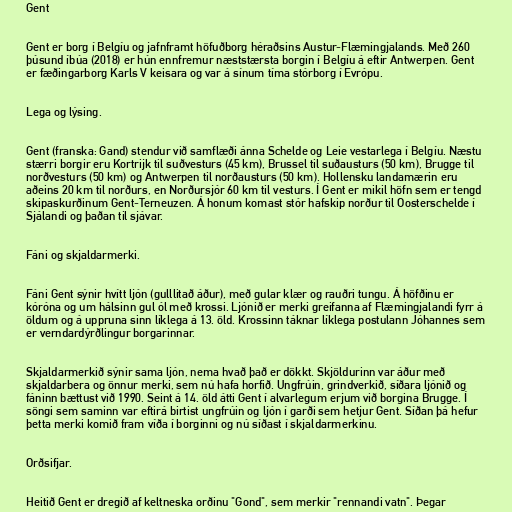
Gent

Gent er borg í Belgíu og jafnframt höfuðborg héraðsins Austur-Flæmingjalands. Með 260
þúsund íbúa (2018) er hún ennfremur næststærsta borgin í Belgíu á eftir Antwerpen. Gent
er fæðingarborg Karls V keisara og var á sínum tíma stórborg í Evrópu.

Lega og lýsing.

Gent (franska: Gand) stendur við samflæði ánna Schelde og Leie vestarlega í Belgíu. Næstu
stærri borgir eru Kortrijk til suðvesturs (45 km), Brussel til suðausturs (50 km), Brugge til
norðvesturs (50 km) og Antwerpen til norðausturs (50 km). Hollensku landamærin eru
aðeins 20 km til norðurs, en Norðursjór 60 km til vesturs. Í Gent er mikil höfn sem er tengd
skipaskurðinum Gent-Terneuzen. Á honum komast stór hafskip norður til Oosterschelde í
Sjálandi og þaðan til sjávar.

Fáni og skjaldarmerki.

Fáni Gent sýnir hvítt ljón (gulllitað áður), með gular klær og rauðri tungu. Á höfðinu er
kóróna og um hálsinn gul ól með krossi. Ljónið er merki greifanna af Flæmingjalandi fyrr á
öldum og á uppruna sinn líklega á 13. öld. Krossinn táknar líklega postulann Jóhannes sem
er verndardýrðlingur borgarinnar.

Skjaldarmerkið sýnir sama ljón, nema hvað það er dökkt. Skjöldurinn var áður með
skjaldarbera og önnur merki, sem nú hafa horfið. Ungfrúin, grindverkið, síðara ljónið og
fáninn bættust við 1990. Seint á 14. öld átti Gent í alvarlegum erjum við borgina Brugge. Í
söngi sem saminn var eftirá birtist ungfrúin og ljón í garði sem hetjur Gent. Síðan þá hefur
þetta merki komið fram víða í borginni og nú síðast í skjaldarmerkinu.

Orðsifjar.

Heitið Gent er dregið af keltneska orðinu "Gond", sem merkir "rennandi vatn". Þegar